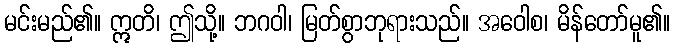
မင်းမည်၏။ ဣတိ၊ ဤသို့။ ဘဂဝါ၊ မြတ်စွာဘုရားသည်။ အဝေါစ၊ မိန်တော်မူ၏။